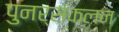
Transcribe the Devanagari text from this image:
पुनर्संकलन